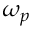
\omega _ { p }